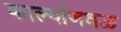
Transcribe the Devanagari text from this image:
कार्ल्याजवळ